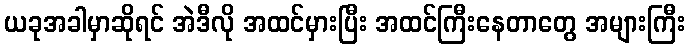
ယခုအခါမှာဆိုရင် အဲဒီလို အထင်မှားပြီး အထင်ကြီးနေတာတွေ အများကြီး